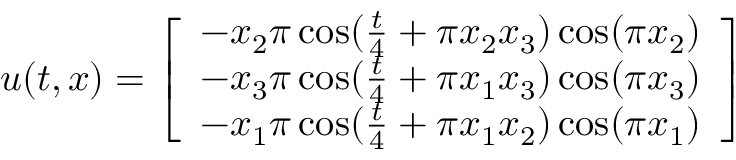
\boldsymbol { u } ( t , \boldsymbol { x } ) = \left[ \begin{array} { l } { - x _ { 2 } \pi \cos ( \frac { t } { 4 } + \pi x _ { 2 } x _ { 3 } ) \cos ( \pi x _ { 2 } ) } \\ { - x _ { 3 } \pi \cos ( \frac { t } { 4 } + \pi x _ { 1 } x _ { 3 } ) \cos ( \pi x _ { 3 } ) } \\ { - x _ { 1 } \pi \cos ( \frac { t } { 4 } + \pi x _ { 1 } x _ { 2 } ) \cos ( \pi x _ { 1 } ) } \end{array} \right]